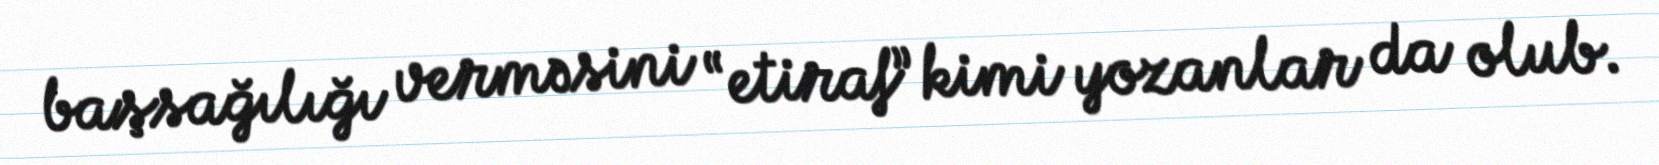
başsağılığı verməsini “etiraf” kimi yozanlar da olub.